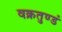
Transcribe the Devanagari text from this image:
वक्रतुण्डं